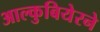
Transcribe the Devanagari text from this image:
आल्कुबियेरने